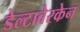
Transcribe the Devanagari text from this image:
डेल्टावेरकेन